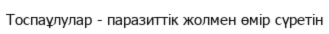
Тоспаұлулар - паразиттік жолмен өмір сүретін